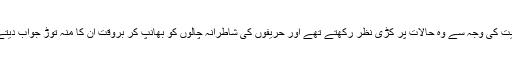
اس قابلیت کی وجہ سے وہ حالات پر کڑی نظر رکھتے تھے اور حریفوں کی شاطرانہ چالوں کو بھانپ کر بروقت اُن کا منہ توڑ جواب دیتے تھے۔